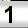
Digit: 1